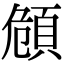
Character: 頠